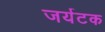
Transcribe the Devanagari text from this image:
जर्यटक